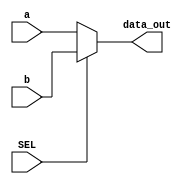
module Mux(
  input [63:0] a, b,
  input SEL,
  output [63:0] data_out
);
  
  assign data_out = SEL ? b : a;
  
endmodule